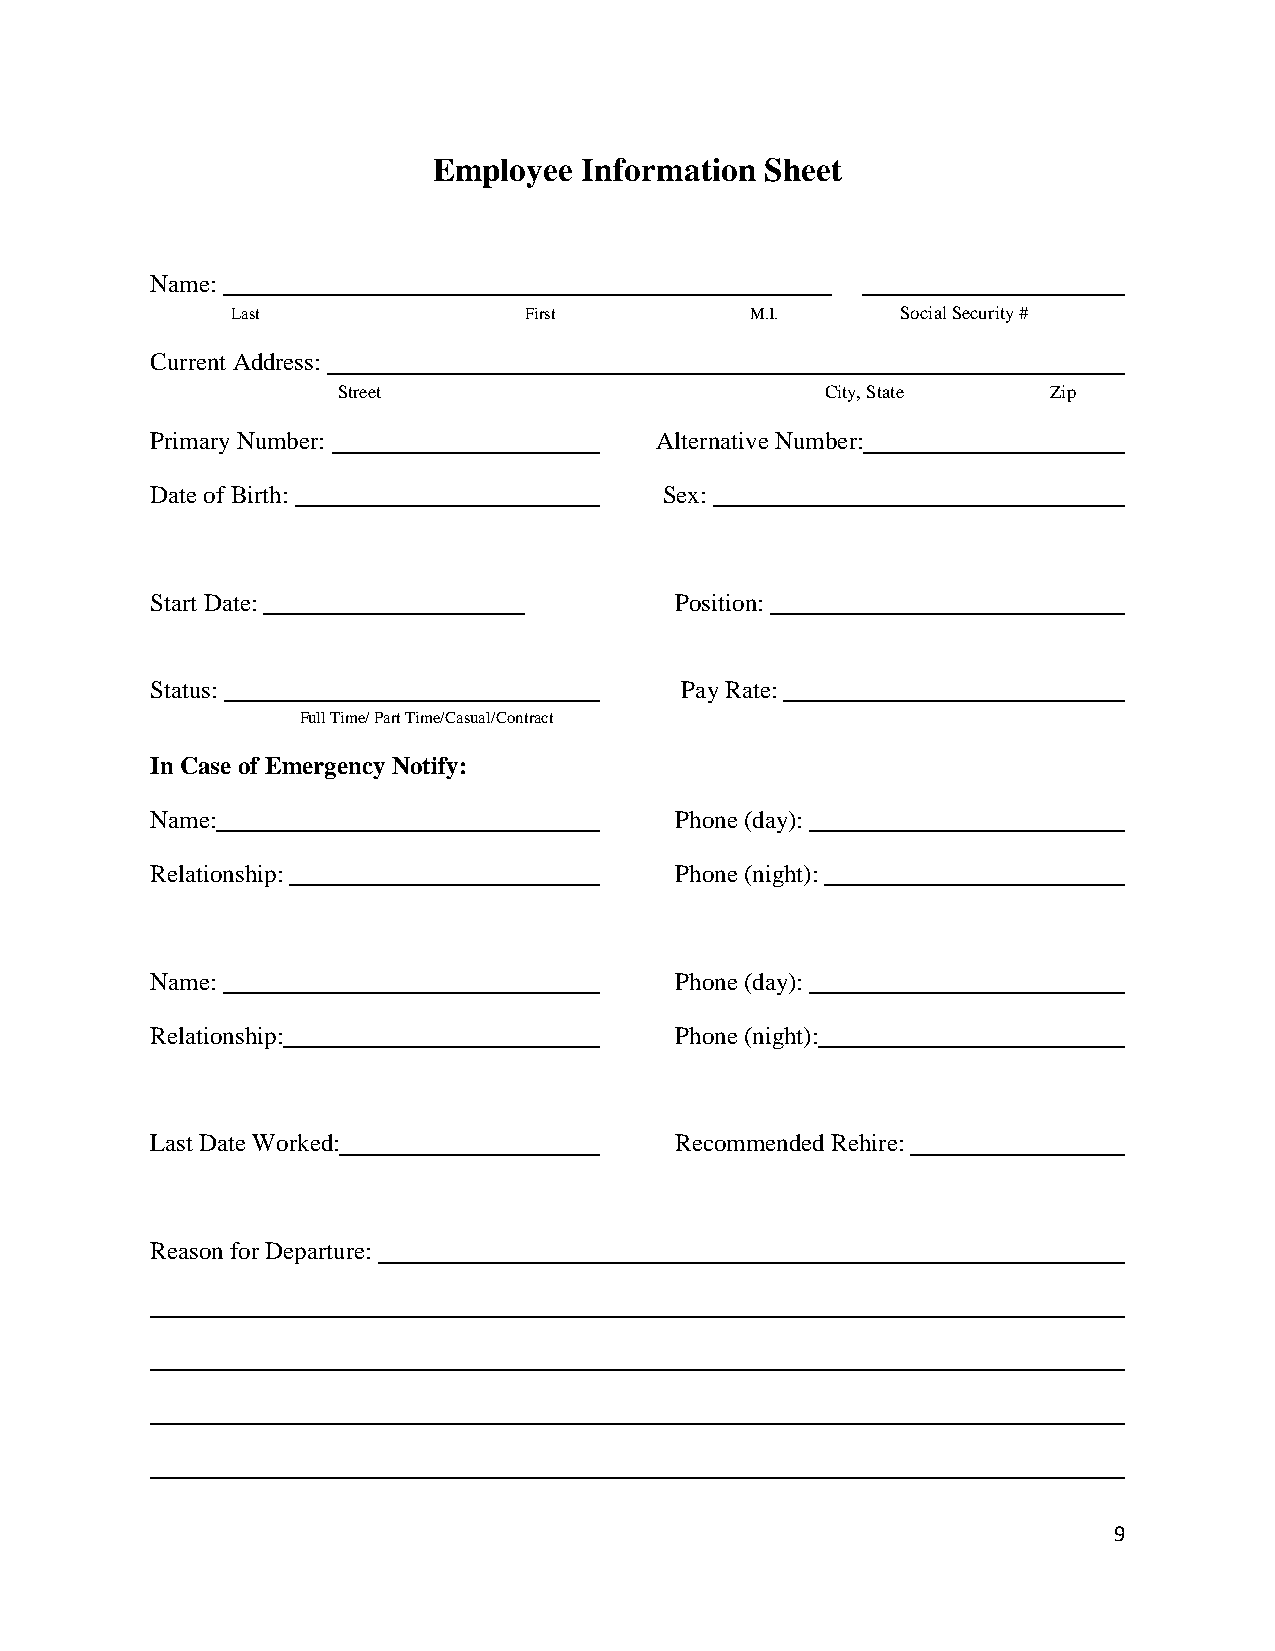
Employee  Information Sheet
 Name:
 Last                First          M.I.      Social Security #
 Current Address:
 Street                           City, State    Zip
 Primary Number:                  Alternative Number:
 Date of Birth:                    Sex:
 Start Date:                        Position:
 Status:                            Pay Rate:
 Full Time/ Part Time/Casual/Contract
 In Case of Emergency Notify:
 Name:                              Phone (day):
 Relationship:                      Phone (night):
 Name:                              Phone (day):
 Relationship:                      Phone (night):
 Last Date Worked:                  Recommended Rehire:
 Reason for Departure:
 9